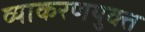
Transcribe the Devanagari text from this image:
व्याकरणयुक्त